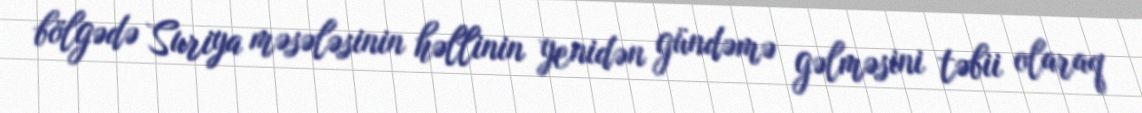
bölgədə Suriya məsələsinin həllinin yenidən gündəmə gəlməsini təbii olaraq